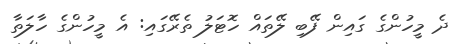
ދެ މީހުންގެ ގައިން ފޭބި ލޭތައް ހޮޓަލު ތެރޭގައި: އެ މީހުންގެ ހާލަތާ